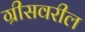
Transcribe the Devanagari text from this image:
ग्रीसवरील